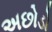
અછોડો